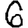
Digit: 6